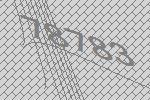
78783